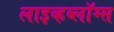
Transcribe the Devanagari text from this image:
लाइव्हब्लॉग्स